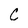
Character: C